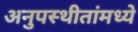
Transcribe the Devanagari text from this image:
अनुपस्थीतांमध्ये